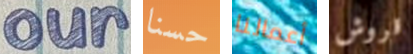
our حسنا أعمالنا قروش